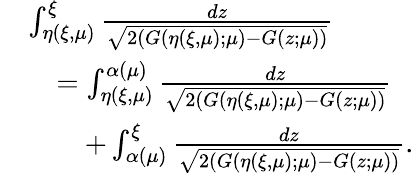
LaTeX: \begin{array}{rl}&{\int_{\eta(\xi,\mu)}^{\xi}\frac{dz}{\sqrt{2(G(\eta(\xi,\mu);\mu)-G(z;\mu))}}}\\ &{\quad=\int_{\eta(\xi,\mu)}^{\alpha(\mu)}\frac{dz}{\sqrt{2(G({\eta(\xi,\mu)};\mu)-G(z;\mu))}}}\\ &{\qquad+\int_{\alpha(\mu)}^{\xi}\frac{dz}{\sqrt{2(G({\eta(\xi,\mu)};\mu)-G(z;\mu))}}.}\end{array}